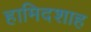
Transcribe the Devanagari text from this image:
हामिदशाह